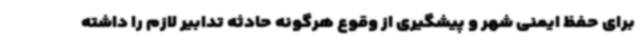
برای حفظ ایمنی شهر و پیشگیری از وقوع هرگونه حادثه تدابیر لازم را داشته